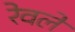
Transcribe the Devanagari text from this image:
रेवले